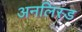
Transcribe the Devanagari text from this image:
अनलिस्ड